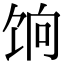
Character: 饷